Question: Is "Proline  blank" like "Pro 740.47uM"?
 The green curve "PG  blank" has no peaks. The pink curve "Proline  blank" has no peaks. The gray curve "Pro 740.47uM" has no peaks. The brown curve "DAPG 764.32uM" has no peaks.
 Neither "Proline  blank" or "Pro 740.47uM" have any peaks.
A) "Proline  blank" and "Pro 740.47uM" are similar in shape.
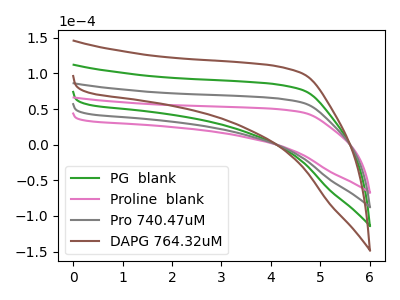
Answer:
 <answer>A) "Proline  blank" and "Pro 740.47uM" are similar in shape.</answer>
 <eval>A</eval>